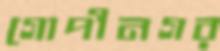
গোপীনগর